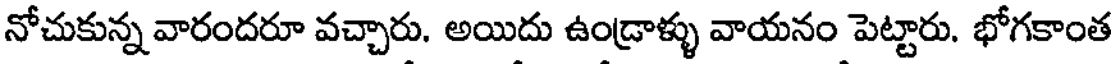
నోచుకున్న వారందరూ వచ్చారు. అయిదు ఉండ్రాళ్ళు వాయనం పెట్టారు. భోగకాంత